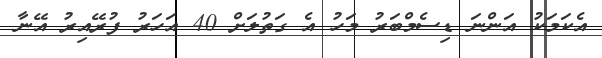
އެކަމަކު އަންނަ ޑިސެމްބަރު މަހު އެ ގަތުލަށް 40 އަހަރު ފުރޭއިރު އޭނާ